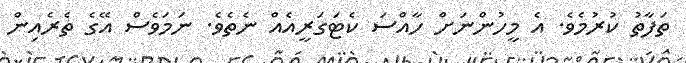
ތަފާތު ކުރުމެވެ. އެ މީހުންނަށް ހާއްސަ ކެޓަގަރީއެއް ނެތެވެ. ނަމަވެސް އޭގެ ތެރެއިން